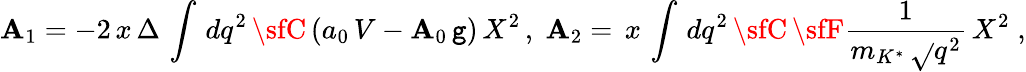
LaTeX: {\sf\mathbf{A}}_{1}=\displaystyle-2\, x\, \Delta\, \int\, dq^{2}\, {\sfC}\, ({a_{0}\, V-\mathbf{A}_{0}\, \mathtt{g}})\, X^{2}\, ,\; {\sf\mathbf{A}}_{2}=\displaystyle\, x\, \int\, dq^{2}\, {\sfC}\, {\sfF}\frac{{1}}{{m_{K^{*}}\, \sqrt{}{{q^{2}}}}}\, X^{2}\; ,